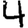
Digit: 4